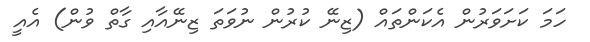
ހަމަ ކަށަވަރުން އެކަންތައް (ޒިނޭ ކުރުން ނުވަތަ ޒިނޭއާއި ގާތް ވުން) އެއީ